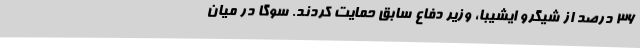
36 درصد از شیگرو ایشیبا، وزیر دفاع سابق حمایت کردند. سوگا در میان